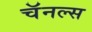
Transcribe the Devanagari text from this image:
चॅनल्स